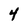
Character: 4